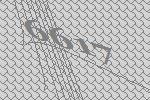
6617